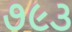
૭૯૩